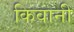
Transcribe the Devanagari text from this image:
किवानी